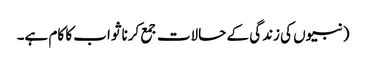
(نبیوں کی زندگی کے حالات جمع کرنا ثواب کا کام ہے۔